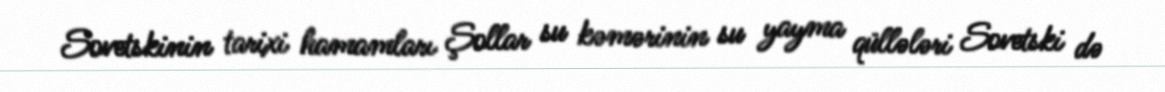
Sovetskinin tarixi hamamları Şollar su kəmərinin su yayma qüllələri Sovetski də